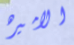
الاميره